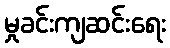
မှုခင်းကျဆင်းရေး